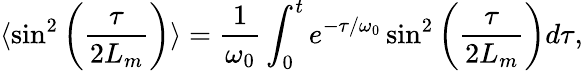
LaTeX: \langle\sin^{2}\left({\frac{\tau}{2L_{m}}}\right)\rangle={\frac{1}{\omega_{0}}}\int_{0}^{t}e^{-\tau/\omega_{0}}\sin^{2}\left({\frac{\tau}{2L_{m}}}\right)d\tau,